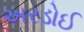
અરડોઈ